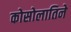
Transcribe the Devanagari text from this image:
कोसोलातिने